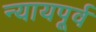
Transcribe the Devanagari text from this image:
न्यायपूर्व